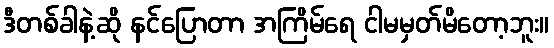
ဒီတစ်ခါနဲ့ဆို နင်ပြောတာ အကြိမ်ရေ ငါမမှတ်မိတော့ဘူး။